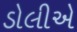
ડોલીએ